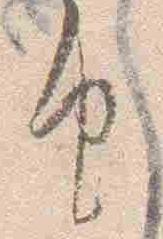
由